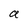
Character: a